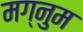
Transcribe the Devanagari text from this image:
मग्नुम